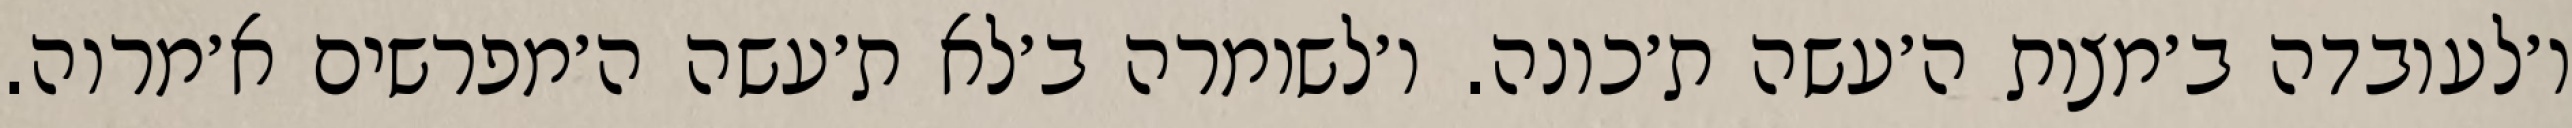
ו׳לעובדה ב׳מצות ה׳עשה ת׳כונה. ו׳לשומרה ב׳לא ת׳עשה ה׳מפרשים א׳מרוה.